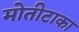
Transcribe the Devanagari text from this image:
मोतीटाका